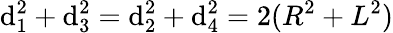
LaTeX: \mathrm{d}_{1}^{2}+\mathrm{d}_{3}^{2}=\mathrm{d}_{2}^{2}+\mathrm{d}_{4}^{2}=2(R^{2}+L^{2})